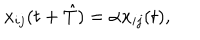
x _ { i j } ( t + \hat { T } ) = \alpha x _ { i j } ( t ) ,